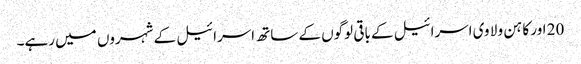
20 اور کا ہن و لا وی اسرائیل کے باقی لوگوں کے ساتھ اسرائیل کے شہروں میں رہے۔